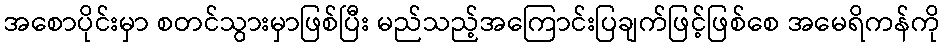
အစောပိုင်းမှာ စတင်သွားမှာဖြစ်ပြီး မည်သည့်အကြောင်းပြချက်ဖြင့်ဖြစ်စေ အမေရိကန်ကို